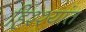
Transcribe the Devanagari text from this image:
हिश्श्यांत